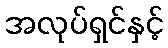
အလုပ်ရှင်နှင့်